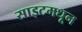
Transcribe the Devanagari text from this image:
साइटमधून